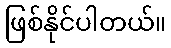
ဖြစ်နိုင်ပါတယ်။